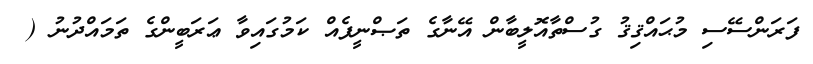
ފަރަންސޭސި މުޙައްޤިޤު ގުސްތާއޮލީބާން އޭނާގެ ތަޞްނީފެއް ކަމުގައިވާ ޢަރަބީންގެ ތަމައްދުނު (